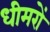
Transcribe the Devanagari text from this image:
धीमरों